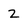
Character: 2